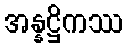
အန္နဋ္ဌိကဿ